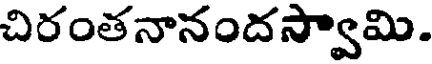
చిరంతనానందస్వామి.